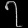
Digit: ၇